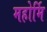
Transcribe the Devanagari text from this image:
महोर्मि